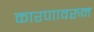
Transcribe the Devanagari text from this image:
कारणावरुन